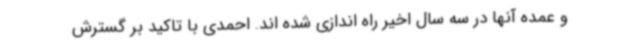
و عمده آنها در سه سال اخیر راه اندازی شده اند. احمدی با تاکید بر گسترش